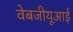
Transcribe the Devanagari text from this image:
वेबजीयूआई